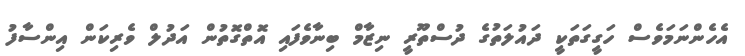
އެހެންނަމަވެސް ހަގީގަތަކީ ދައުލަތުގެ ދުސްތޫރީ ނިޒާމް ބިނާވެފައި އޮތްގޮތުން އަދުލް ވެރިކަން އިންސާފު